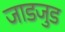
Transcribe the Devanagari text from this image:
जाडजुड